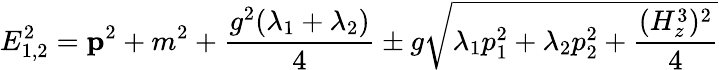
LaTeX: E_{1,2}^{2}={\mathbf p}^{2}+m^{2}+\frac{g^{2}(\lambda_{1}+\lambda_{2})}{4}\pm g\sqrt{\lambda_{1}p_{1}^{2}+\lambda_{2}p_{2}^{2}+\frac{(H_{z}^{3})^{2}}{4}}